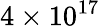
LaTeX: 4\times 10^{17}